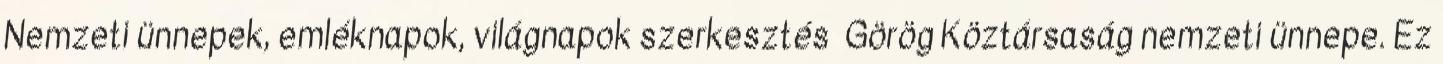
Nemzeti ünnepek, emléknapok, világnapok szerkesztés Görög Köztársaság nemzeti ünnepe. Ez